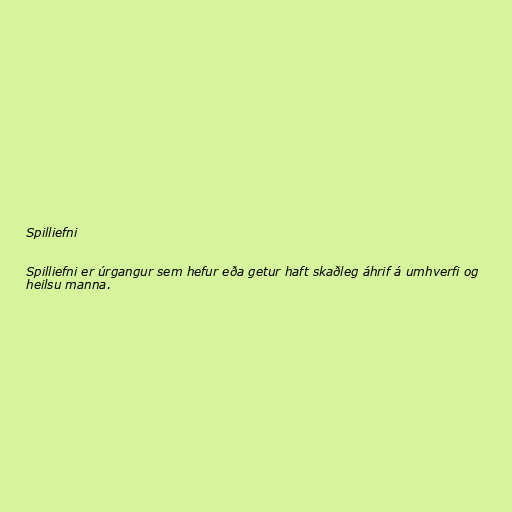
Spilliefni

Spilliefni er úrgangur sem hefur eða getur haft skaðleg áhrif á umhverfi og
heilsu manna.